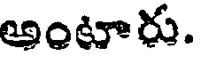
అంటారు.